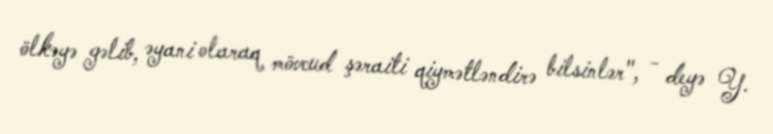
ölkəyə gəlib, əyani olaraq mövcud şəraiti qiymətləndirə bilsinlər", - deyə Y.